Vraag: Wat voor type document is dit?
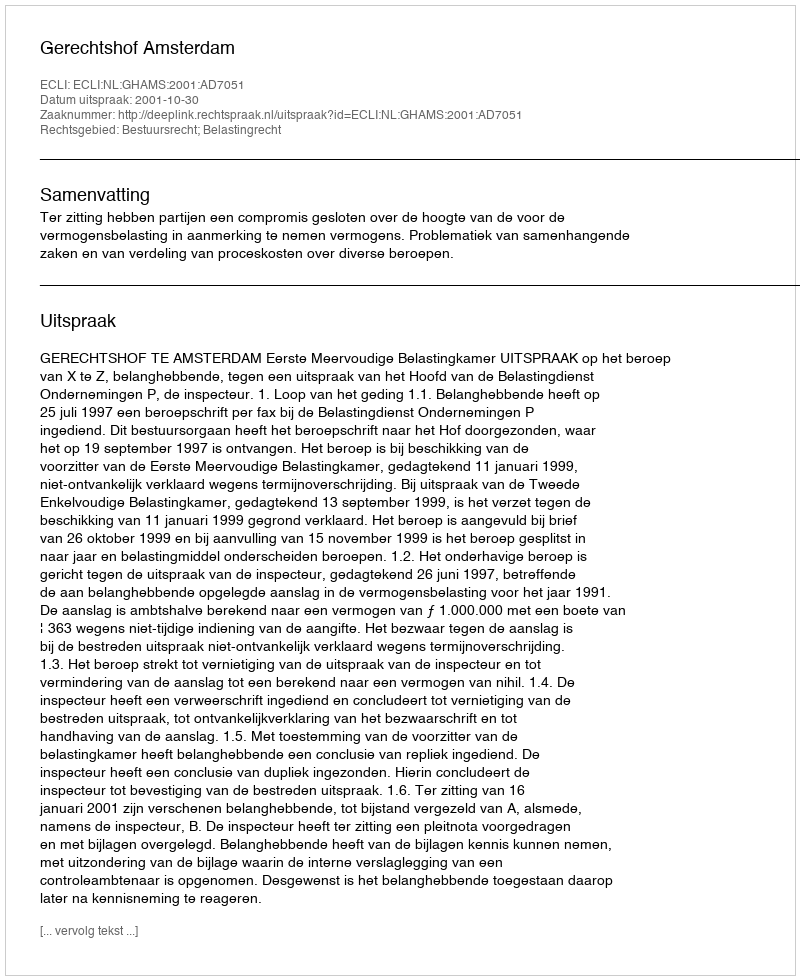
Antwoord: Uitspraak